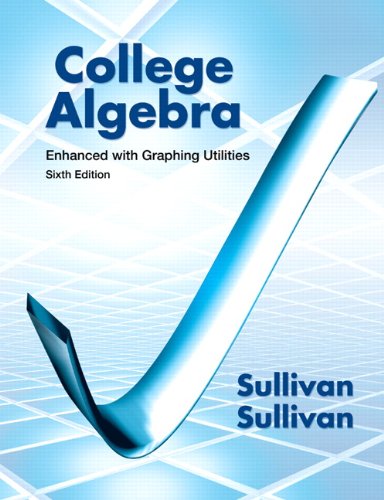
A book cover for College Algebra Enhanced with Graphing Utilities (6th Edition); Michael Sullivan; Science & Math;